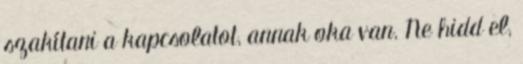
szakítani a kapcsolatot, annak oka van. Ne hidd el,